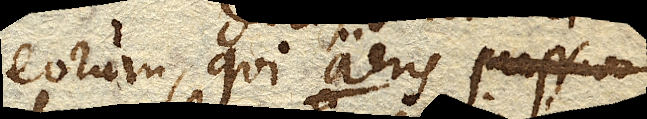
eorum, qui aeris